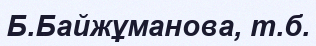
Б.Байжұманова, т.б.